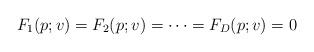
LaTeX: \begin{align*} F_1(p;v) = F_2(p;v) = \cdots = F_D(p;v) = 0\end{align*}